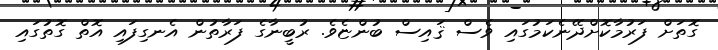
ގޮތަށް ފަރުމާކޮށްދޭނެކަމުގައި ވެސް ޤައިސް ބުންޏެވެ. ރުބީނާގެ ފަރާތުން އެނގިފައި އޮތް ގޮތުގައި